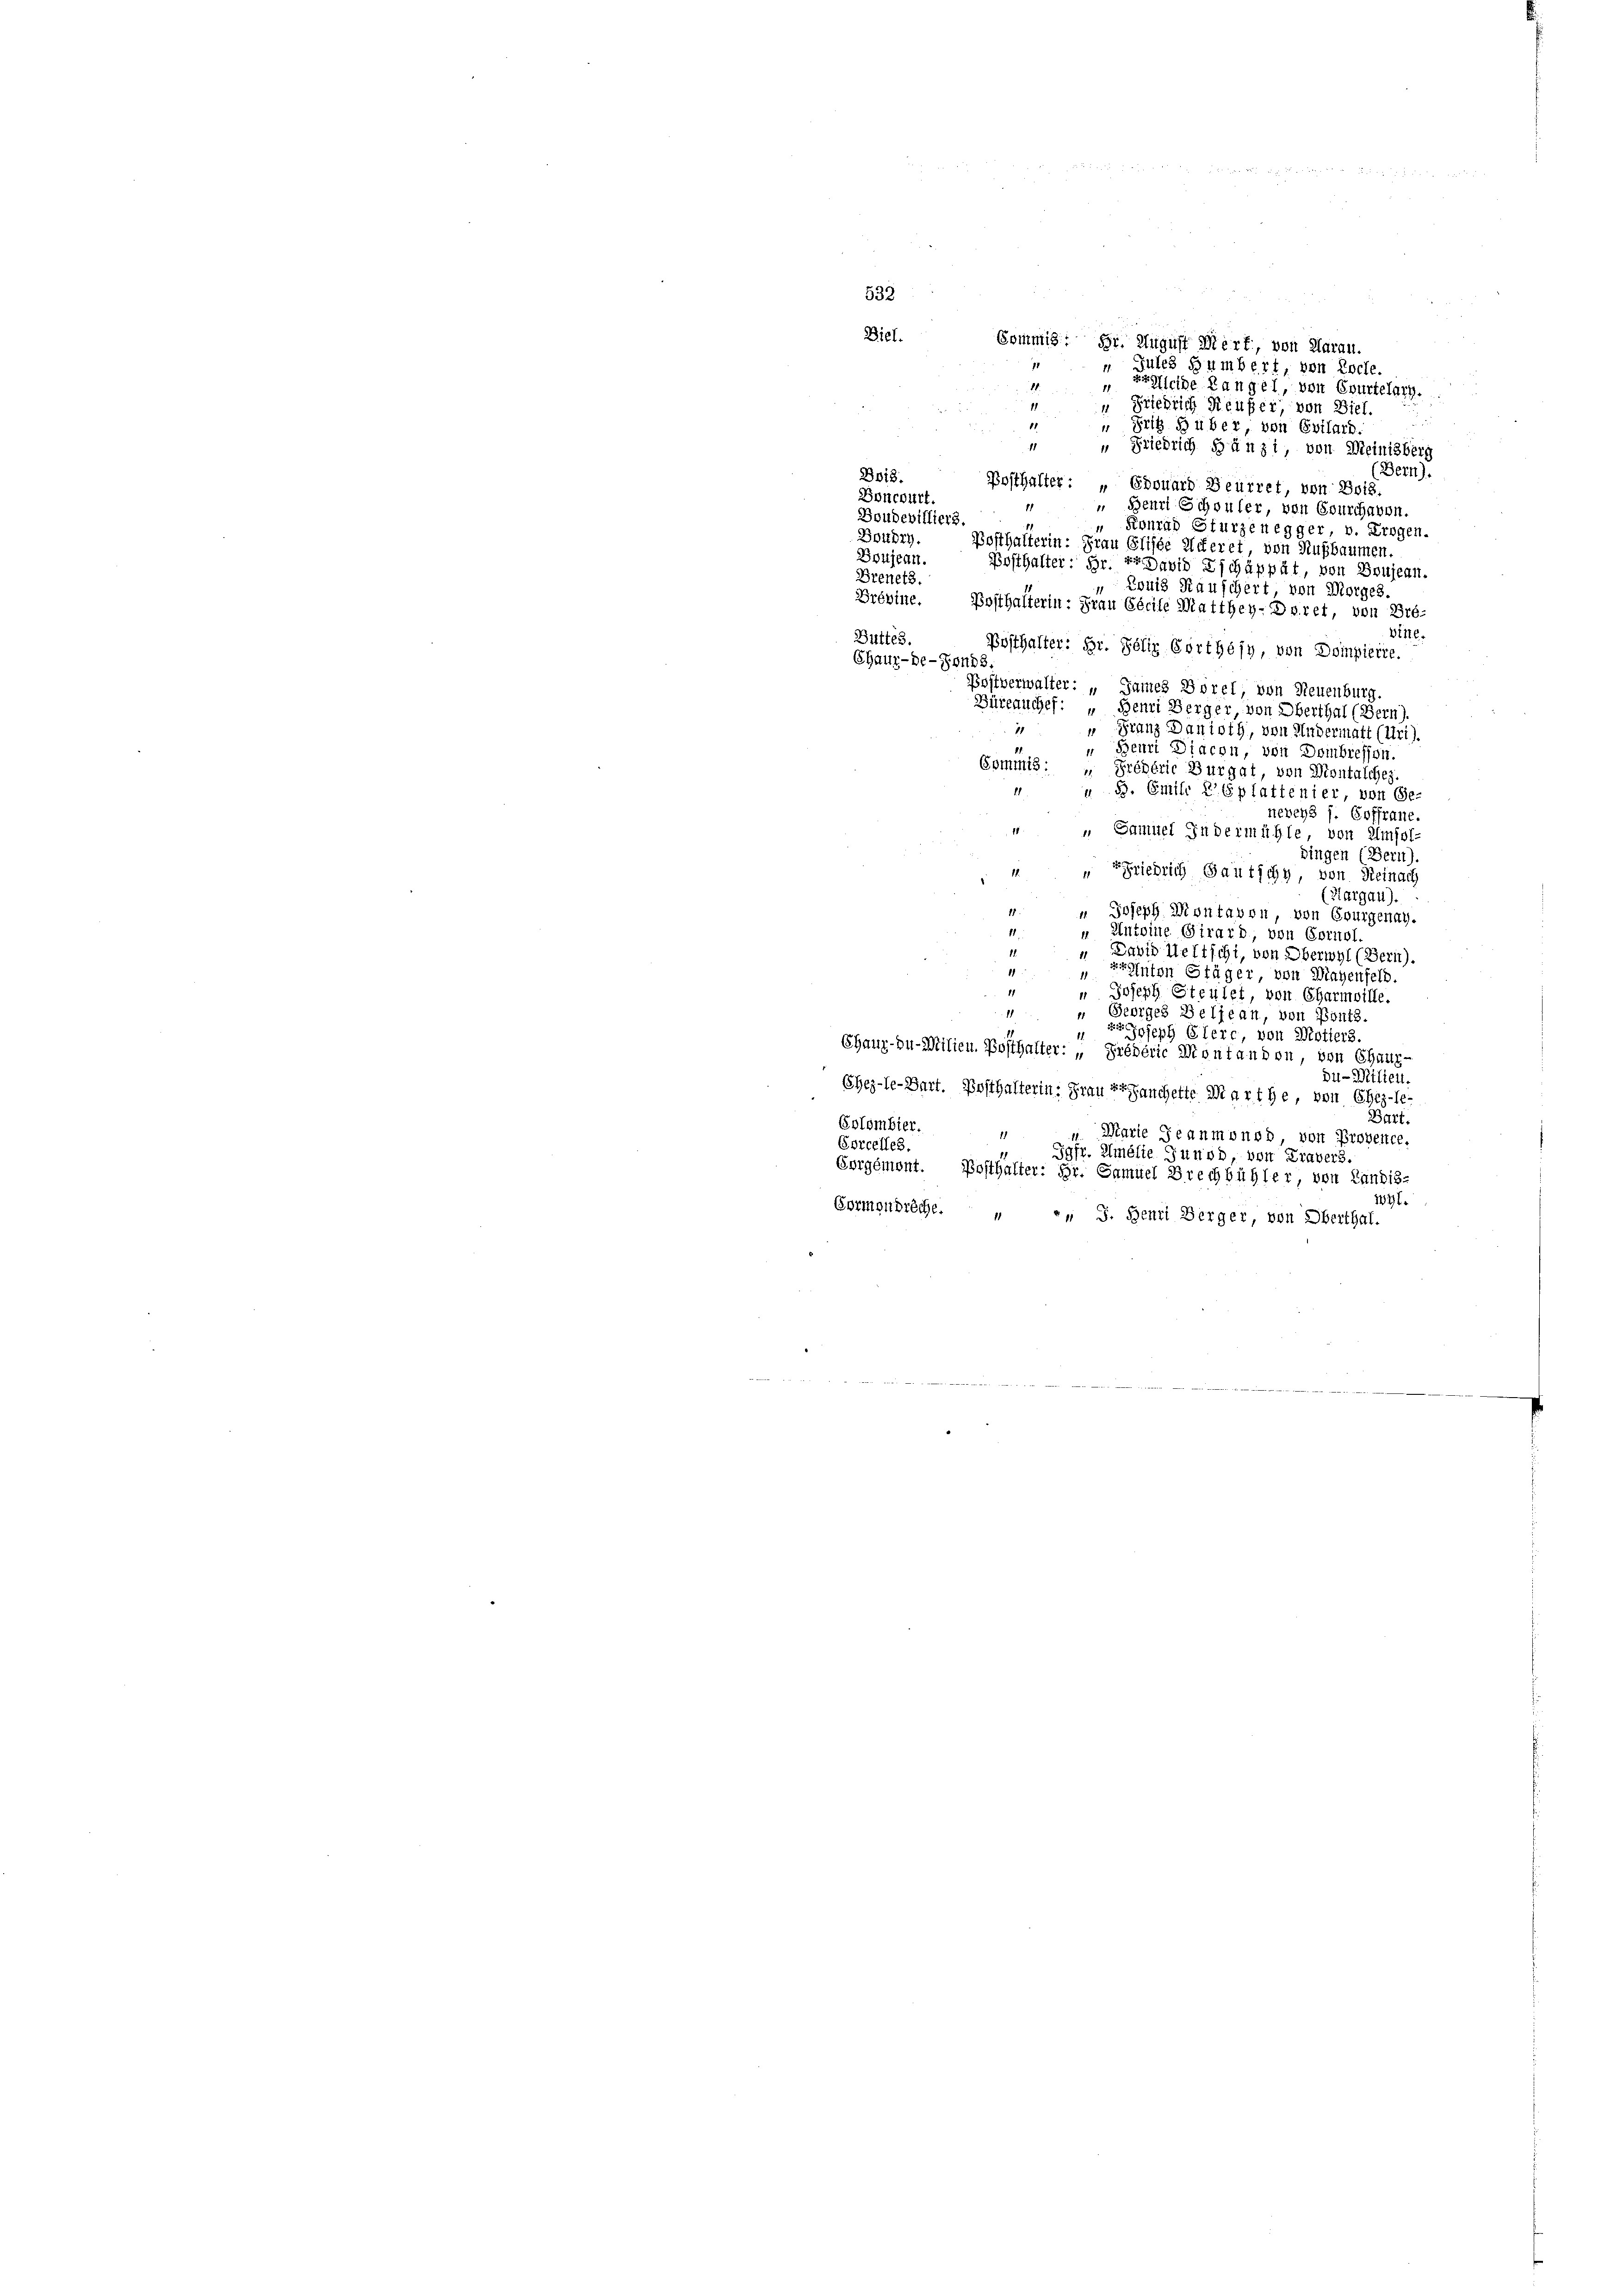
Commis. Hr. August Mert, von Aarau.
". Jules Humbert, von Koche.
reffende Langel, von Courtelary.
“ Friedrich Reufer, von Biel.
“ Fritz Huber, von Evilard.
 " Friedrich gänzi von Meinisberg
(Bern).
Boi8
Posthalter: „ Edouard Beuiret, von Bois.
Boncourt.
1
Benri Echouler, von Bourchauen.
Boudevilliers.
Konrad Sturzenegger, v. Trogen.
Boudry. Bosthalterin: Frau Elisse Miteret von Nußbaumen.
Boujean. Posthalter: Hr. Er David Eschäppät, von Boujenn.
Brenetz.
Zonig Rauschert, von Morges
Brévine. Posthalterin: Frau Cécile Matthey-Dsret, von Pro-
Bine.
Büttes.
Posthalter: Hr. Poliz Görthésy, von Dompierre.
Chaux-de-Fonds.
Bostverwalter: „James Borel von Neuenburg.
Büreauchef: „Bemi Berger, von Oberthal (Bern).
71
 Franz Danioth, von Hudermatt (Uri).
.
 Beuri Diacon, von Dombressen.
Commis: „Prédéric Burgat, von Montasches
 B. Emilr Esplattenier, von Ge-
neveys s. Soffrane.
“ „Samitel Indermühle, von Elmfol-
dingen (Bern)
“ Friedrich Gautschy, von Reinach
1
(Aargau).
 Joseph Montavon, von Courgenay.
1
Antoine Girard, von Epruol.
11.
" David Heftschi, von Oberwyl (Bern).
1
Anton Stäger, von Magenfeld.
11
" Joseph Stellet, von Charmoille.
1
„ Georges Beljean, von Ponts.
z Joseph Giere, von Motiers.
Chaux-hu-Milieu. Posthalter: „Grépéric Montandon, von Chaux-
Du-Milien.
Ehez-le-Bart. Posthalterin: Frau Franchette Marthe, von Ehez-le-
Bart.
Eplombier.
11
Marie Reaumonod, von Provence.
Corcelles
Jgfr. Emilie Junod, von Travers.
Errgémont. Posthalter: Hr. Samuel Brechbühler, von Landis-
191.
Cormenbreche. „ „ J. Henri Berger, von Oberthal.
.

532
Diel.